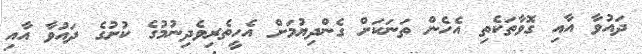
ދައުވާ އާއި ގޮވާތަކެތި އެހެން ތަނަކަށް ގެންދިޔުމަށް އެހީތެރިވެދިނުމުގެ ކުށުގެ ދައުވާ އާއި